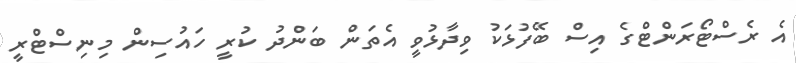
އެ ރެސްޓޯރަންޓްގެ އިސް ބޭފުޅަކު ވިދާޅުވީ އެތަން ބަންދު ކުރީ ހައުސިން މިނިސްޓްރީ